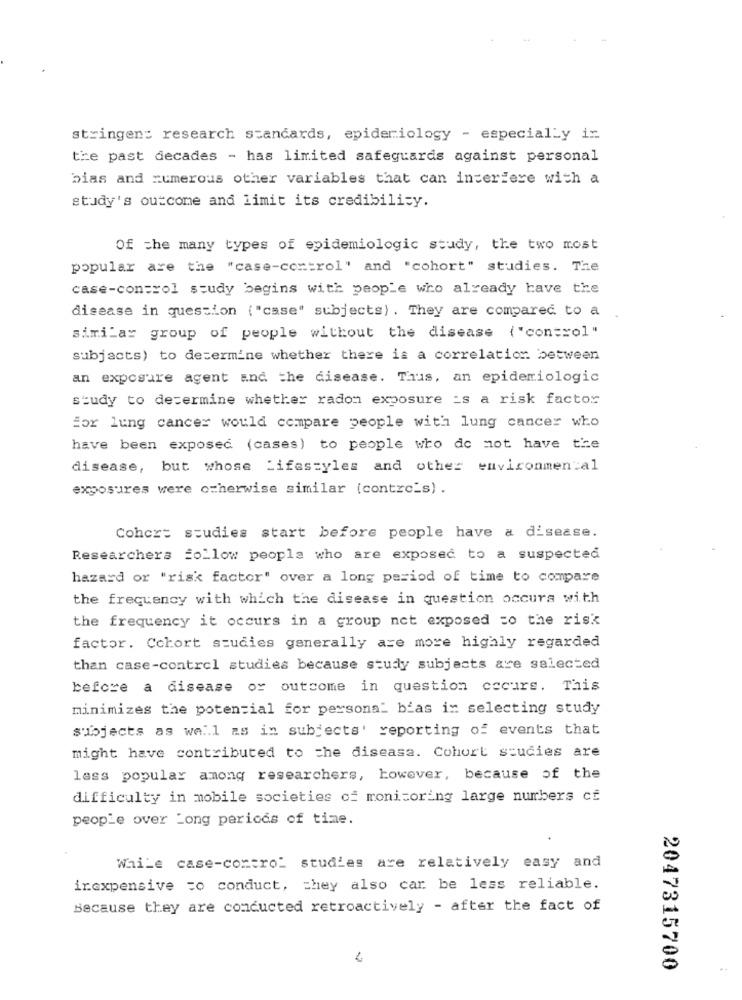
stringen: research standards, epidemiology - especially in
the past decades - has limited safeguards against personal
bias and numerous other variables that can interfere with a
study's outcome and limit its credibility.
Of the many types of epidemiologic study, the two most
popular are the "case-control" and "cohort" studies. The
case-control study begins with people who already have the
disease in question ("case" subjects) . They are compared to a
similar group of people without the disease ( "control"
subjects) to determine whether there is a correlation between
an exposure agent and the disease. Thus, an epidemiologic
study to determine whether radon exposure _s a risk factor
for lung cancer would compare people with lung cancer who
have been exposed (cases) to people who do not have the
disease, but whose Lifestyles and other environmental
exposures were otherwise similar (contro's) .
Cohort studies start before people have a disease.
Researchers follow people who are exposed to a suspected
hazard or "risk factor" over a long period of time to compare
the frequency with which the disease in question occurs with
the frequency it occurs in a group net exposed to the risk
factor. Cohort studies generally are more highly regarded
than case-control studies because study subjects are selected
before a disease or outcome in question occurs. This
minimizes the potential for personal bias in selecting study
subjects as well as in subjects' reporting of events that
might have contributed to the disease. Cohort studies are
lass popular among researchers, however, because of the
difficulty in mobile societies of monitoring large numbers cf
people over Long periods of time.
While case-control studies are relatively easy and
inexpensive =o conduct, they also car be less reliable.
Because they are conducted retroactively - after the fact of
2047315700